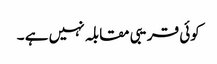
کوئی قریبی مقابلہ نہیں ہے ۔